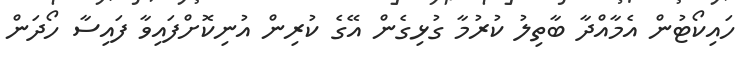
ހައިކޯޓުން އެމާއްދާ ބާތިލު ކުރުމާ ގުޅިގެން އޭގެ ކުރިން އުނިކޮށްފައިވާ ފައިސާ ހޯދަން